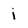
Character: i